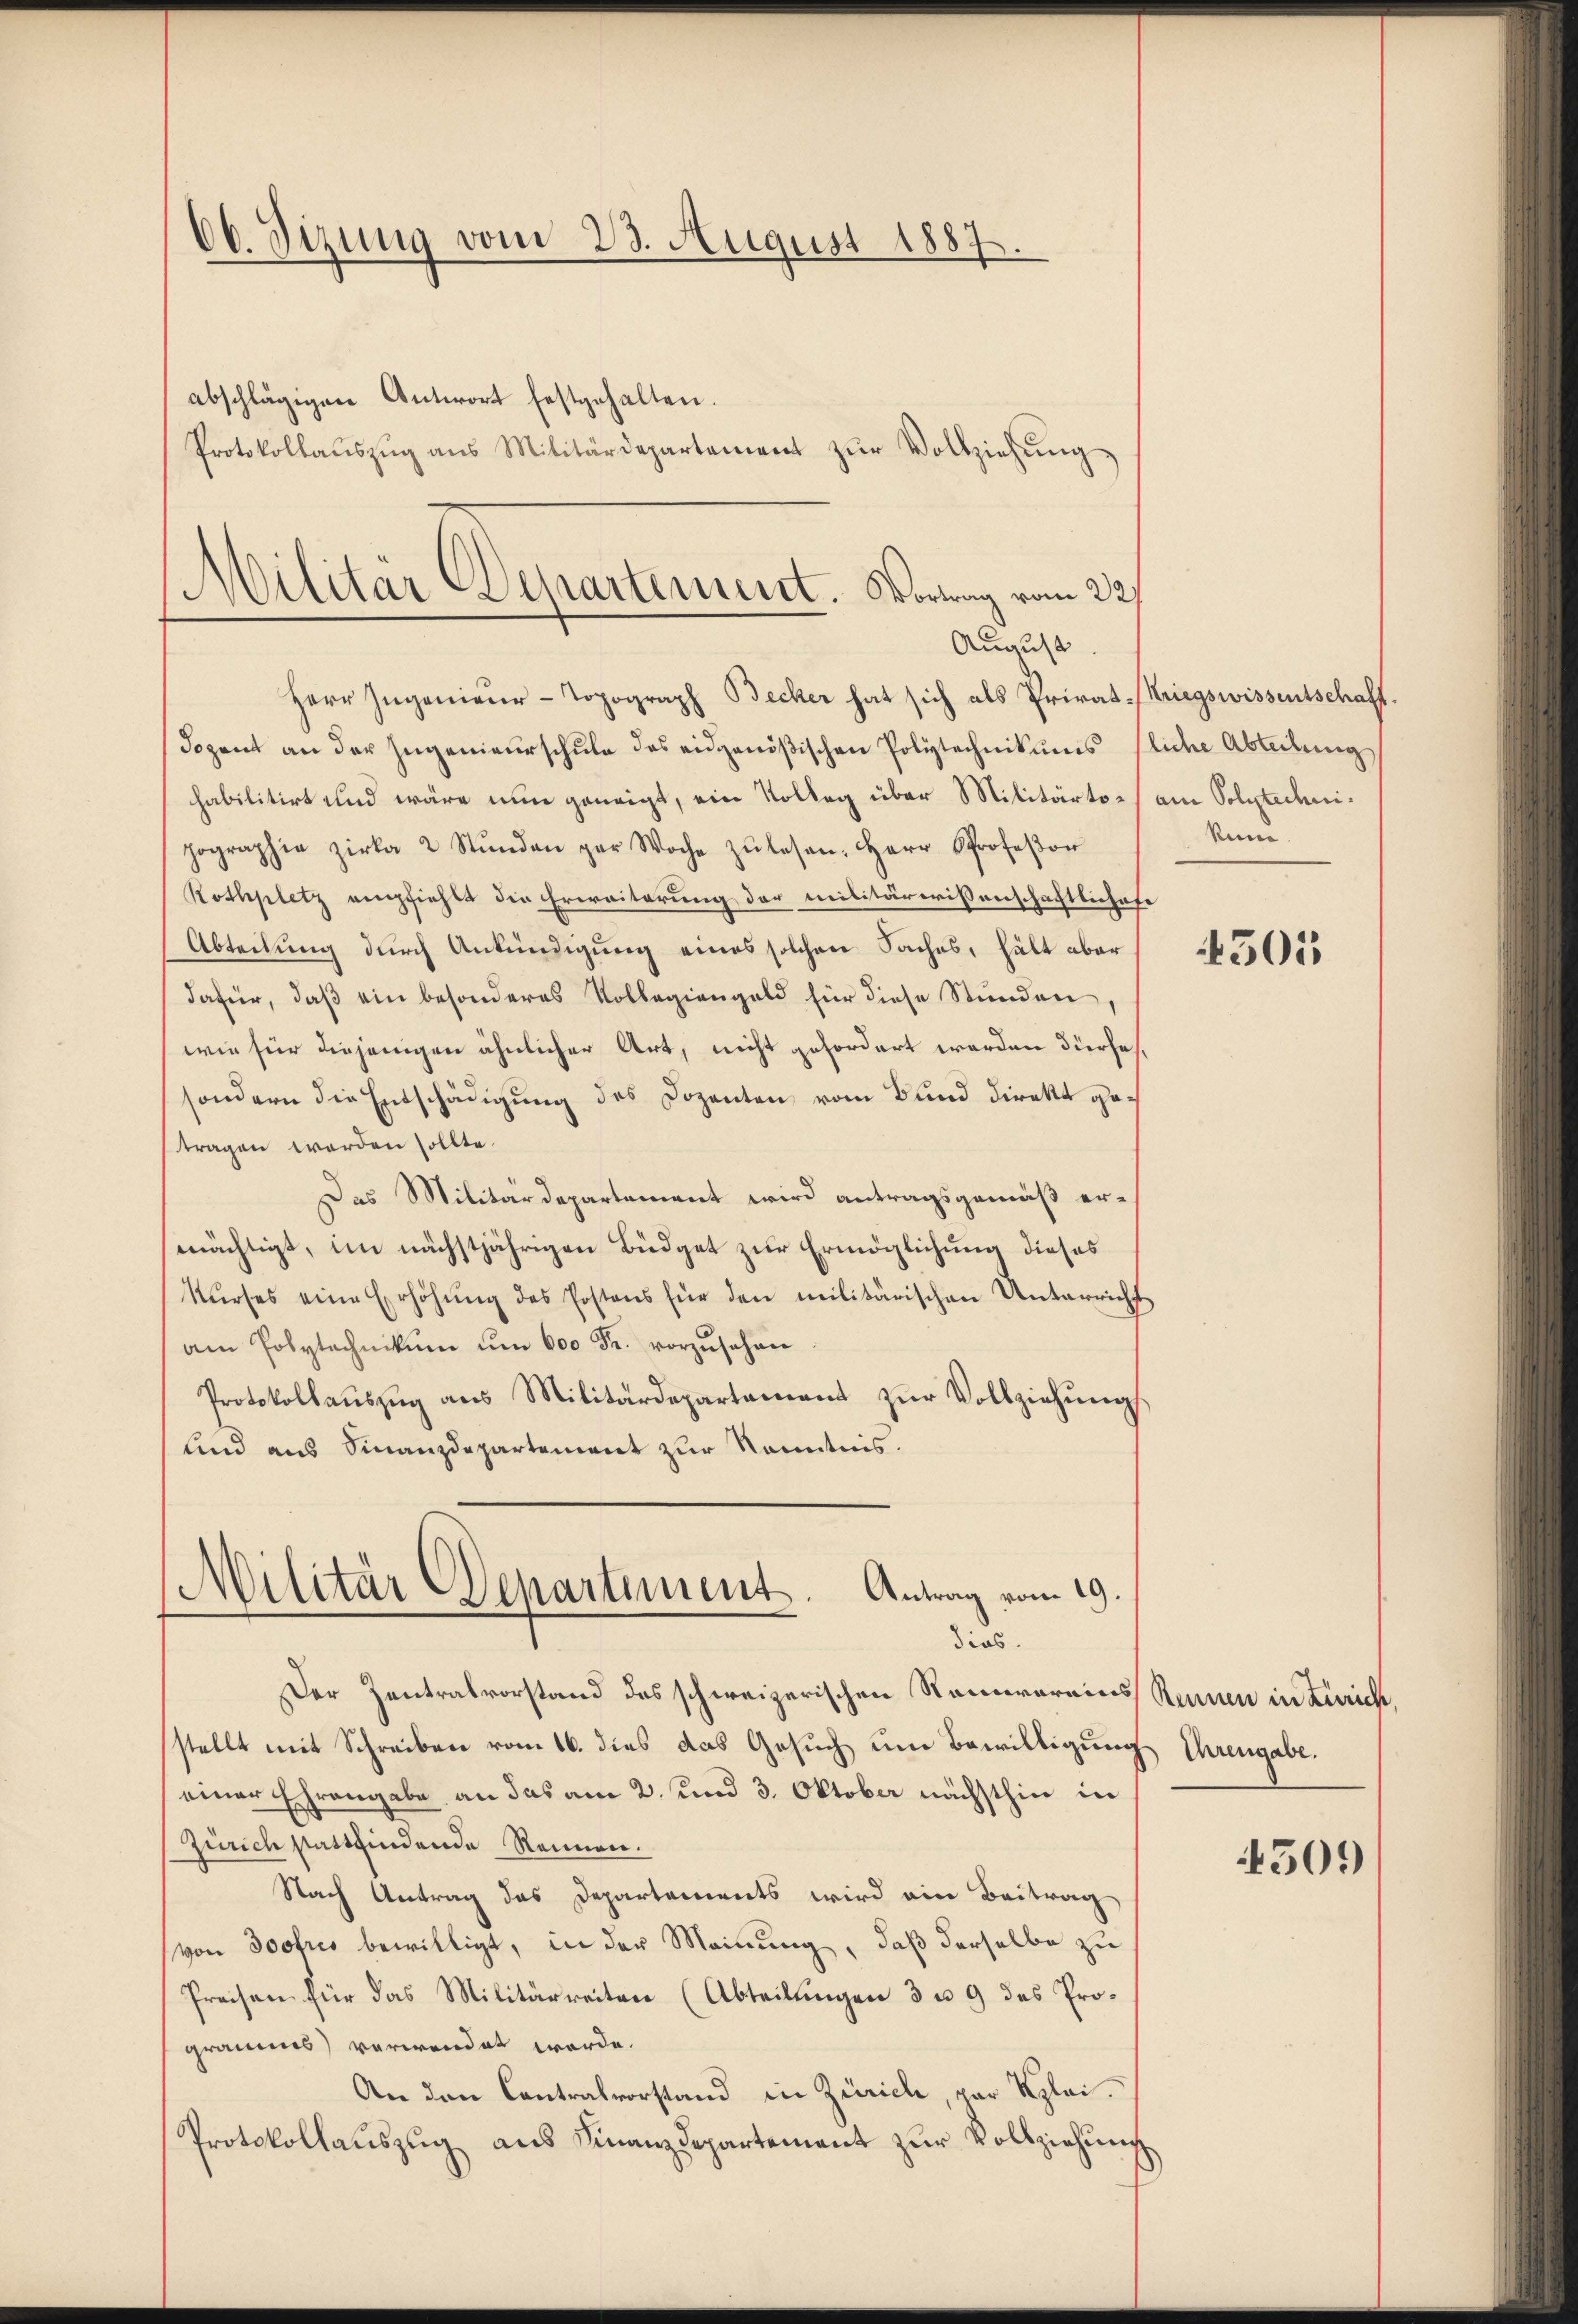
66. Sizung vom 23. August 1887.
abschlägigen Antwort festgehalten.
Protokollaŭszŭg ans Militärdepartement zŭr Vollziehŭng

Militär Departement. Vorrag vom 22.
August

Herr Ingenieur-Topograph Becker hat sich als Privat-Kriegswissentschaft.
Sozent an der Ingenieurschule des eidgenößischen Polytechnikums fliche Abteilung
habilitirt und wäre nun geneigt, ein Volleg über Militärto- am Polytechnihographie zirka 2 Stŭnden par Woche zŭ lesen. Herr Professor
Rothplatz empfiehlt die Erweiterung der militärrissenschaftlichefe
Abteilung durch Ankündigung eines solchen Faches, hält aber
dafür, daβ ein besonderes Vollegiengeld für diese Stunden,
wie für diejenigen ähnlicher Art, nicht gefordert werden dürfe,
sondern die Entschädigung des Dozenten vom Bund direkt getragen werden sollte.
Das Militärdepartement wird antragsgemäß ermächtigt, im nächstjährigen Büdget zur Ermöglichung dieses
Kŭrses eine Erhöhŭng des Postens für den militärischen Unterricht
am Polytechnikum um 600 Fr. vorzŭsehen
Protokollauszug aus Militärdepartement zur Vollziehung.
lnd aus Finanzdepartement zur Kenntnis.

Militär Departement. Antrag vom 19.
dias.

Der Zentralvorstand des schweizerischen Reinvereins Rennen in Zürich,
stellt mit Schreiben vom 16. dies das Gesuch um Bewilligung Ihrengabe.
einer Ehrengabe an das am 2. und 3. Oktober nächsthin in
Zürich stattfindende Nennen.
Nach Antrag des Departements wird ein Beitrag
von doofres bewilligt, in der Meinung, daß derselbe zu
Preisen für das Militärreiten (Abteilungen 3 u. 9 das Prograums) verwendet werde.
An den Contralvorstand in Zürich, vor Klei¬
Protokollaŭszŭg aŭs Finanzdepartement zŭr Vollziehung

ken.

4505

4509